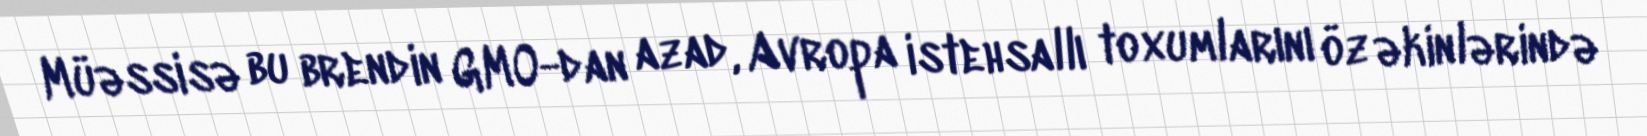
Müəssisə bu brendin GMO-dan azad, Avropa istehsallı toxumlarını öz əkinlərində